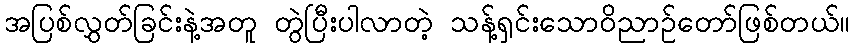
အပြစ်လွှတ်ခြင်းနဲ့အတူ တွဲပြီးပါလာတဲ့ သန့်ရှင်းသောဝိညာဉ်တော်ဖြစ်တယ်။